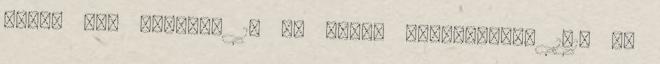
perc. IX. FEJEZET 1. AZ OSZTÓ KIALAKÍTÁSA 1.1. Az